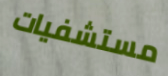
مستشفيات